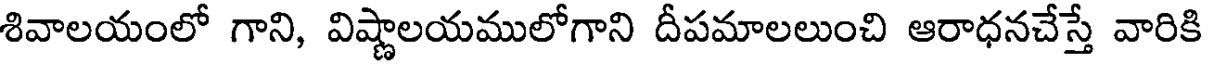
శివాలయంలో గాని, విష్ణాలయములోగాని దీపమాలలుంచి ఆరాధనచేస్తే వారికి